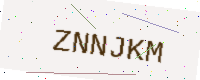
Text: ZNNJKM